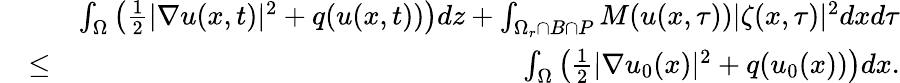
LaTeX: \begin{array}{rlr}&{}&{\int_{\Omega}\left(\frac{1}{2}|\nabla u(x,t)|^{2}+q(u(x,t))\right)dz+\int_{\Omega_{r}\cap B\cap P}M(u(x,\tau))|\zeta(x,\tau)|^{2}dxd\tau}\\ &{\leq}&{\int_{\Omega}\left(\frac{1}{2}|\nabla u_{0}(x)|^{2}+q(u_{0}(x))\right)dx.}\end{array}